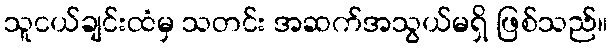
သူငယ်ချင်းထံမှ သတင်း အဆက်အသွယ်မရှိ ဖြစ်သည်။